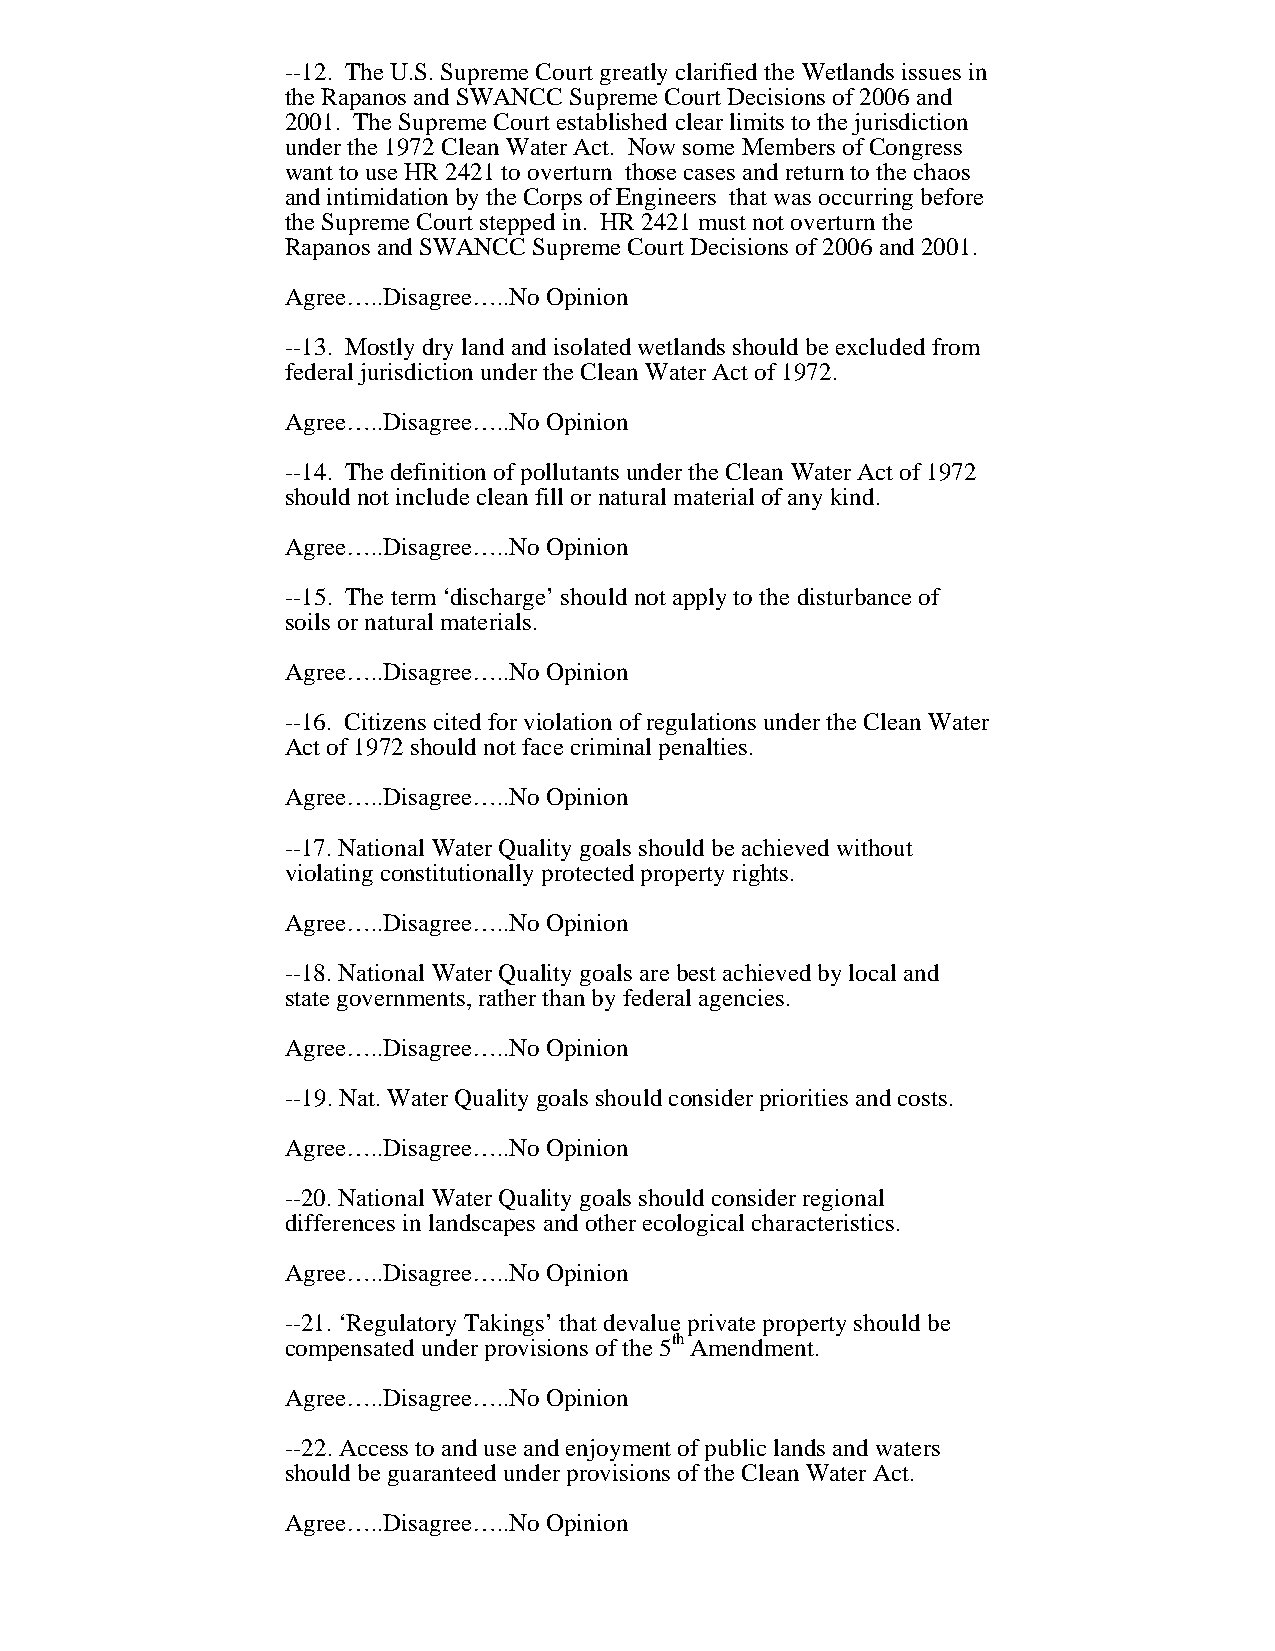
--12. The U.S. Supreme Court greatly clarified the Wetlands issues in
 the Rapanos and SWANCC Supreme Court Decisions of 2006 and
 2001. The Supreme Court established clear limits to the jurisdiction
 under the 1972 Clean Water Act. Now some Members of Congress
 want to use HR 2421 to overturn those cases and return to the chaos
 and intimidation by the Corps of Engineers that was occurring before
 the Supreme Court stepped in. HR 2421 must not overturn the
 Rapanos and SWANCC Supreme Court Decisions of 2006 and 2001.
 Agree…..Disagree…..No Opinion
 --13. Mostly dry land and isolated wetlands should be excluded from
 federal jurisdiction under the Clean Water Act of 1972.
 Agree…..Disagree…..No Opinion
 --14. The definition of pollutants under the Clean Water Act of 1972
 should not include clean fill or natural material of any kind.
 Agree…..Disagree…..No Opinion
 --15. The term ‘discharge’ should not apply to the disturbance of
 soils or natural materials.
 Agree…..Disagree…..No Opinion
 --16. Citizens cited for violation of regulations under the Clean Water
 Act of 1972 should not face criminal penalties.
 Agree…..Disagree…..No Opinion
 --17. National Water Quality goals should be achieved without
 violating constitutionally protected property rights.
 Agree…..Disagree…..No Opinion
 --18. National Water Quality goals are best achieved by local and
 state governments, rather than by federal agencies.
 Agree…..Disagree…..No Opinion
 --19. Nat. Water Quality goals should consider priorities and costs.
 Agree…..Disagree…..No Opinion
 --20. National Water Quality goals should consider regional
 differences in landscapes and other ecological characteristics.
 Agree…..Disagree…..No Opinion
 --21. ‘Regulatory Takings’ that devalue private property should be
 compensated under provisions of the 5th Amendment.
 Agree…..Disagree…..No Opinion
 --22. Access to and use and enjoyment of public lands and waters
 should be guaranteed under provisions of the Clean Water Act.
 Agree…..Disagree…..No Opinion